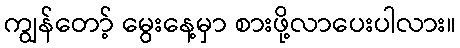
ကျွန်တော့် မွေးနေ့မှာ စားဖို့လာပေးပါလား။